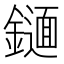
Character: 𨭫